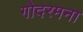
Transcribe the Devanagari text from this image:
गोदरमना